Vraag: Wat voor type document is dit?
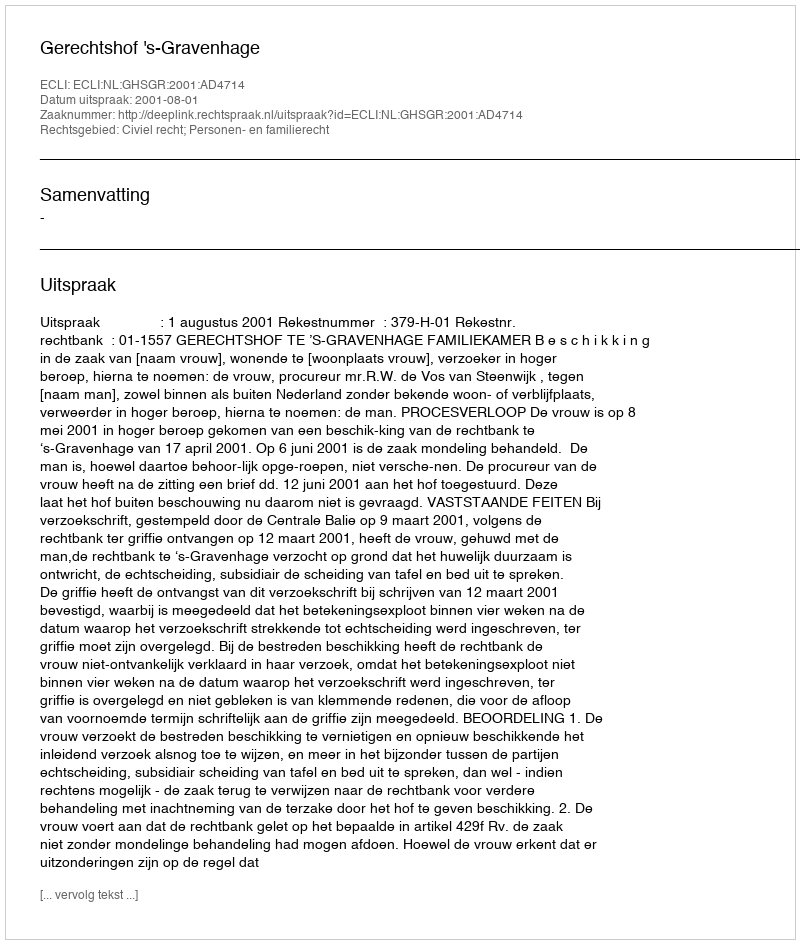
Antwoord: Uitspraak